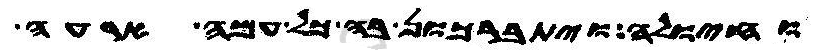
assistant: וחיולה ויתברכון בה כל עמה ארעה